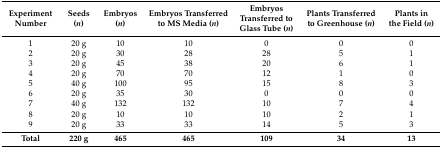
<table><thead><tr><td><b>Experiment Number</b></td><td><b>Seeds (<i>n</i>)</b></td><td><b>Embryos (<i>n</i>)</b></td><td><b>Embryos Transferred to MS Media (<i>n</i>)</b></td><td><b>Embryos Transferred to Glass Tube (<i>n</i>)</b></td><td><b>Plants Transferred to Greenhouse (<i>n</i>)</b></td><td><b>Plants in the Field (<i>n</i>)</b></td></tr></thead><tbody><tr><td>1</td><td>20 g</td><td>10</td><td>10</td><td>0</td><td>0</td><td>0</td></tr><tr><td>2</td><td>20 g</td><td>30</td><td>28</td><td>28</td><td>5</td><td>1</td></tr><tr><td>3</td><td>20 g</td><td>45</td><td>38</td><td>20</td><td>6</td><td>1</td></tr><tr><td>4</td><td>20 g</td><td>70</td><td>70</td><td>12</td><td>1</td><td>0</td></tr><tr><td>5</td><td>40 g</td><td>100</td><td>95</td><td>15</td><td>8</td><td>3</td></tr><tr><td>6</td><td>20 g</td><td>35</td><td>30</td><td>0</td><td>0</td><td>0</td></tr><tr><td>7</td><td>40 g</td><td>132</td><td>132</td><td>10</td><td>7</td><td>4</td></tr><tr><td>8</td><td>20 g</td><td>10</td><td>10</td><td>10</td><td>2</td><td>1</td></tr><tr><td>9</td><td>20 g</td><td>33</td><td>33</td><td>14</td><td>5</td><td>3</td></tr><tr><td><b>Total</b></td><td><b>220 g</b></td><td><b>465</b></td><td><b>465</b></td><td><b>109</b></td><td><b>34</b></td><td><b>13</b></td></tr></tbody></table>